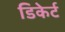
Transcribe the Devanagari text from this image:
डिकेर्ट